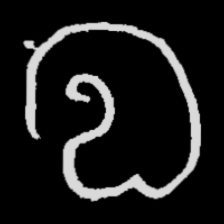
Pyu character \u2014 Myanmar letter: လ (romanized: la)